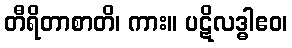
တီရိတာစာတိ၊ ကား။ ပဋိလဒ္ဓါဧဝ၊